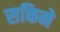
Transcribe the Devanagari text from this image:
सकिने